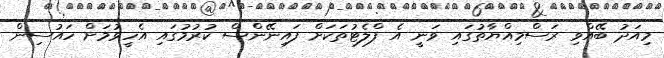
މިއަދު ބޭއްވި ރަސްމިއްޔާތުގައި ވަނީ އެ ފްލެޓުތަކަށް ފައިނޭންސް ކުރުމުގައި އެހީވުމަށް ހައުސިން